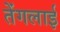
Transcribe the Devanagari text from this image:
तेंगलाई